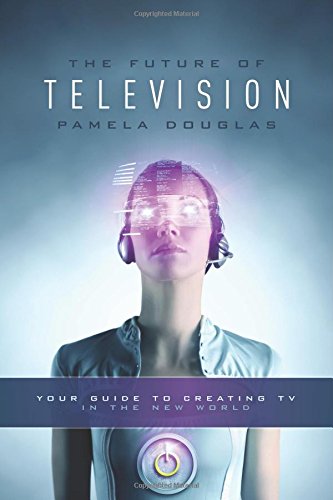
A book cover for Future of Television: Your Guide to Creating TV in the New World; Pamela Douglas; Humor & Entertainment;